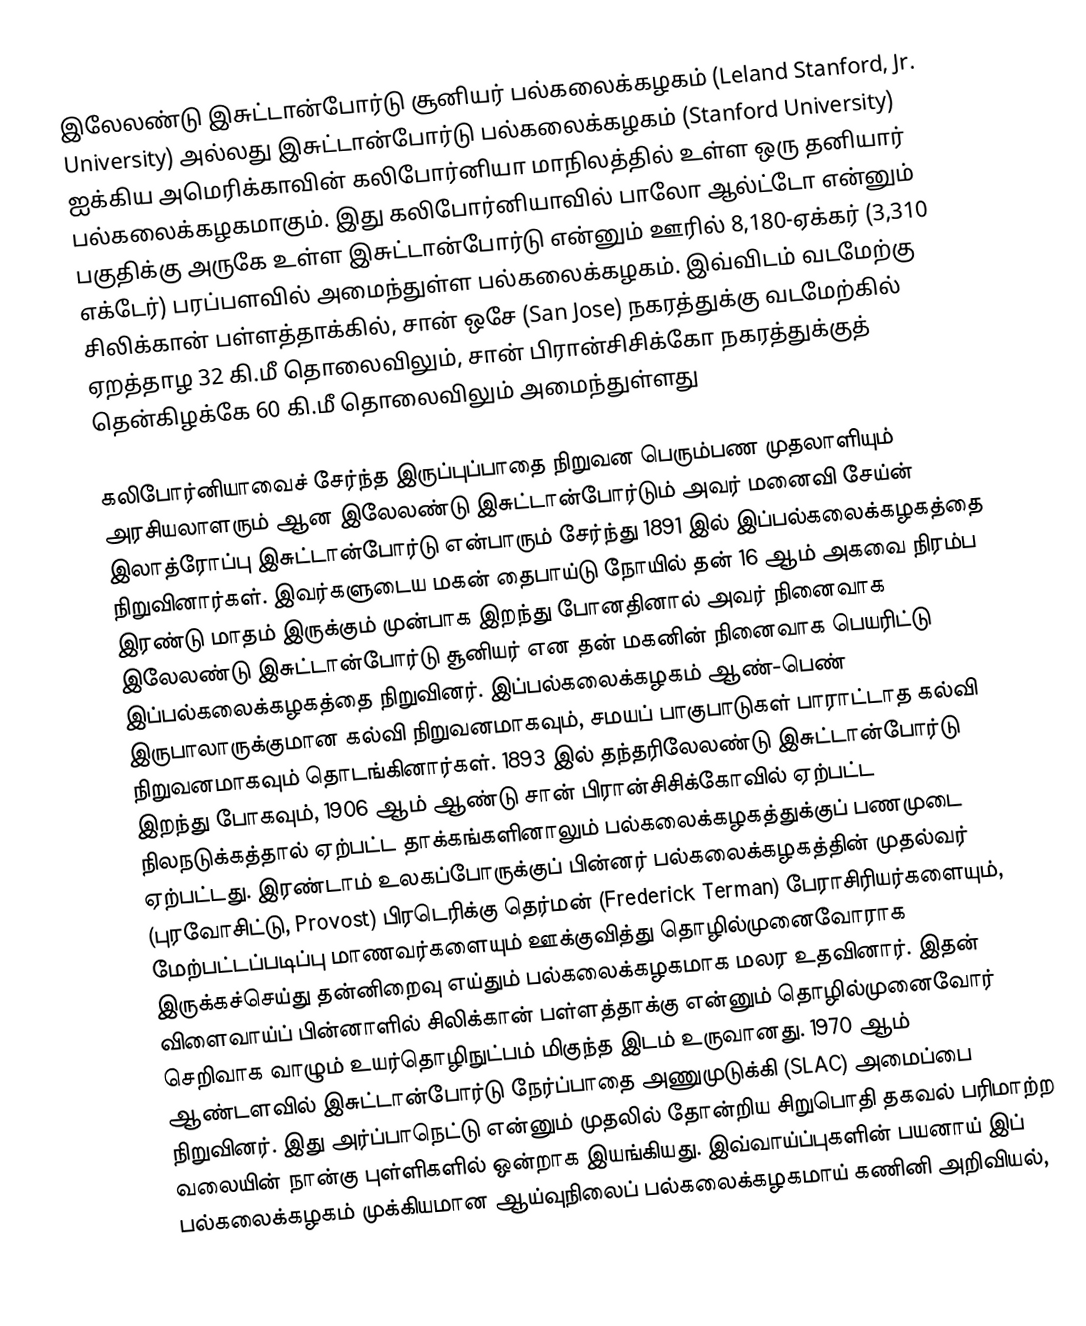
இலேலண்டு இசுட்டான்போர்டு சூனியர் பல்கலைக்கழகம் (Leland Stanford, Jr. University) அல்லது இசுட்டான்போர்டு பல்கலைக்கழகம் (Stanford University)  ஐக்கிய அமெரிக்காவின் கலிபோர்னியா மாநிலத்தில் உள்ள ஒரு தனியார் பல்கலைக்கழகமாகும். இது கலிபோர்னியாவில் பாலோ ஆல்ட்டோ என்னும் பகுதிக்கு அருகே உள்ள இசுட்டான்போர்டு என்னும் ஊரில் 8,180-ஏக்கர் (3,310 எக்டேர்) பரப்பளவில் அமைந்துள்ள பல்கலைக்கழகம். இவ்விடம் வடமேற்கு சிலிக்கான் பள்ளத்தாக்கில், சான் ஒசே (San Jose) நகரத்துக்கு வடமேற்கில் ஏறத்தாழ 32 கி.மீ தொலைவிலும், சான் பிரான்சிசிக்கோ நகரத்துக்குத் தென்கிழக்கே 60 கி.மீ தொலைவிலும் அமைந்துள்ளது

கலிபோர்னியாவைச் சேர்ந்த இருப்புப்பாதை நிறுவன பெரும்பண முதலாளியும் அரசியலாளரும் ஆன இலேலண்டு இசுட்டான்போர்டும் அவர் மனைவி சேய்ன் இலாத்ரோப்பு இசுட்டான்போர்டு என்பாரும் சேர்ந்து 1891 இல் இப்பல்கலைக்கழகத்தை நிறுவினார்கள். இவர்களுடைய மகன் தைபாய்டு நோயில் தன் 16 ஆம் அகவை நிரம்ப இரண்டு மாதம் இருக்கும் முன்பாக இறந்து போனதினால் அவர் நினைவாக இலேலண்டு இசுட்டான்போர்டு சூனியர்  என தன் மகனின் நினைவாக பெயரிட்டு இப்பல்கலைக்கழகத்தை நிறுவினர். இப்பல்கலைக்கழகம் ஆண்-பெண் இருபாலாருக்குமான கல்வி நிறுவனமாகவும், சமயப் பாகுபாடுகள் பாராட்டாத கல்வி நிறுவனமாகவும் தொடங்கினார்கள். 1893 இல் தந்தரிலேலண்டு இசுட்டான்போர்டு இறந்து போகவும், 1906 ஆம் ஆண்டு சான் பிரான்சிசிக்கோவில் ஏற்பட்ட நிலநடுக்கத்தால் ஏற்பட்ட தாக்கங்களினாலும் பல்கலைக்கழகத்துக்குப் பணமுடை ஏற்பட்டது. இரண்டாம் உலகப்போருக்குப் பின்னர் பல்கலைக்கழகத்தின் முதல்வர் (புரவோசிட்டு, Provost) பிரடெரிக்கு தெர்மன் (Frederick Terman) பேராசிரியர்களையும், மேற்பட்டப்படிப்பு மாணவர்களையும் ஊக்குவித்து தொழில்முனைவோராக இருக்கச்செய்து தன்னிறைவு எய்தும் பல்கலைக்கழகமாக மலர உதவினார். இதன் விளைவாய்ப் பின்னாளில் சிலிக்கான் பள்ளத்தாக்கு என்னும் தொழில்முனைவோர் செறிவாக வாழும் உயர்தொழிநுட்பம் மிகுந்த இடம் உருவானது. 1970 ஆம் ஆண்டளவில் இசுட்டான்போர்டு நேர்ப்பாதை அணுமுடுக்கி (SLAC) அமைப்பை நிறுவினர். இது அர்ப்பாநெட்டு என்னும் முதலில் தோன்றிய சிறுபொதி தகவல் பரிமாற்ற வலையின் நான்கு புள்ளிகளில் ஒன்றாக இயங்கியது. இவ்வாய்ப்புகளின் பயனாய் இப் பல்கலைக்கழகம் முக்கியமான ஆய்வுநிலைப் பல்கலைக்கழகமாய் கணினி அறிவியல்,